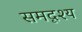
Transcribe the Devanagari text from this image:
समदृश्य